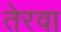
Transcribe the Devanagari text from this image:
तेरवा